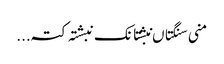
منی سنگتاں نبشتانک نبشتہ کتہ ...